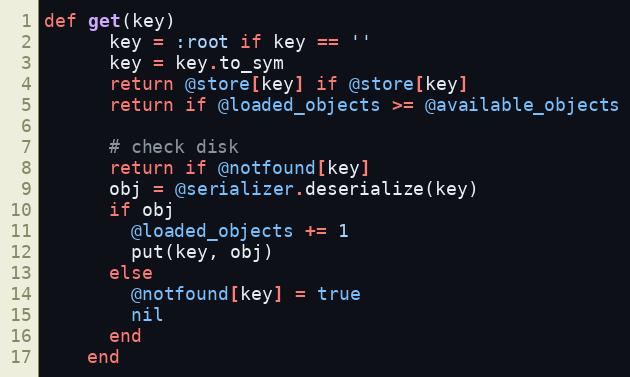
Language: Ruby
def get(key)
      key = :root if key == ''
      key = key.to_sym
      return @store[key] if @store[key]
      return if @loaded_objects >= @available_objects

      # check disk
      return if @notfound[key]
      obj = @serializer.deserialize(key)
      if obj
        @loaded_objects += 1
        put(key, obj)
      else
        @notfound[key] = true
        nil
      end
    end